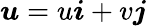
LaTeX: \boldsymbol{u}=u\boldsymbol{i}+v\boldsymbol{j}